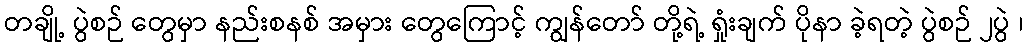
တချို့ ပွဲစဉ် တွေမှာ နည်းစနစ် အမှား တွေကြောင့် ကျွန်တော် တို့ရဲ့ ရှုံးချက် ပိုနာ ခဲ့ရတဲ့ ပွဲစဉ် ၂ပွဲ ၊